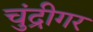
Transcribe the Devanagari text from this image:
चुंद्रीगर